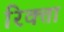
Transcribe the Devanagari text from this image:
रिक्ता